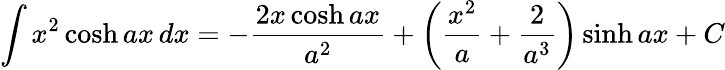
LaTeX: \int x^{2}\cosh ax\, dx=-{\frac{2x\cosh ax}{a^{2}}}+\left({\frac{x^{2}}{a}}+{\frac{2}{a^{3}}}\right)\sinh ax+C